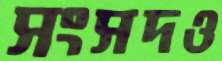
সংসদও